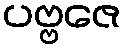
ပဗ္ဗဇေ